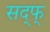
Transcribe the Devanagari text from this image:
सद्फ्